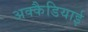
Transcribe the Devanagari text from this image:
अक्कैडियाई